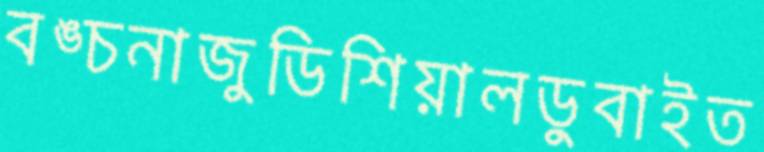
বঙ্চনাজুডিশিয়ালডুবাইত